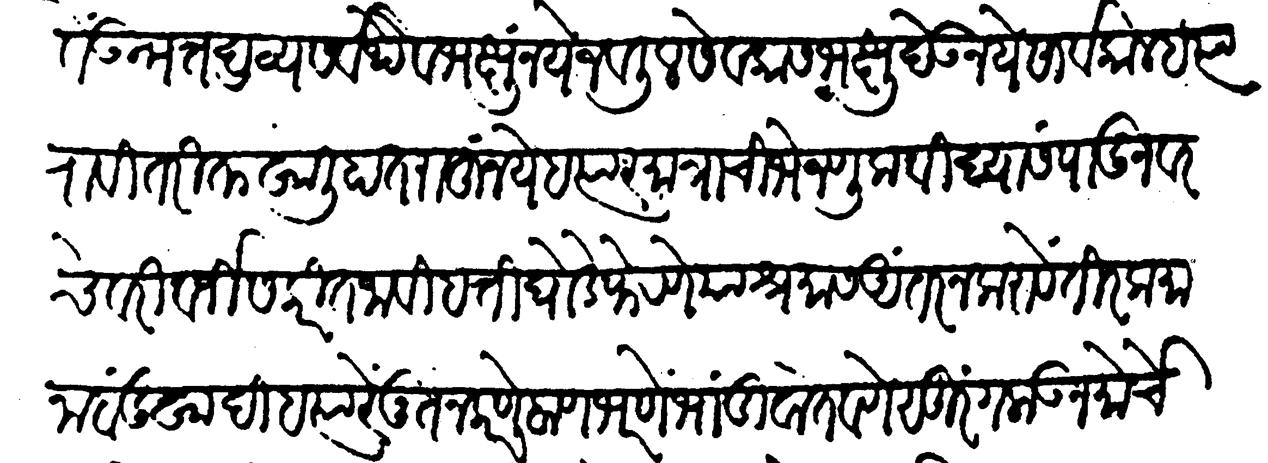
Transliteration (Devanagari): द्यावे उन्मत्त द्रव्य सर्वथैव भक्षू नये जवळील सेवकांस भक्षु देऊं नये सार्वकाळ हत्यारा व्यतिरिक्त खाली हात राहू नये हत्यार मात्राची भेजणूक विद्या संपादून वरचे वरी वर्जीस करीत जावी हत्ती घोडे फेरणें या श्रमास अंतर न करावें तीर कमाना बंदुक्खा ही हत्यारें नूतन करणें बाण भरणें भांडीं वोतवणें सुरंग लाऊन मोर्चे